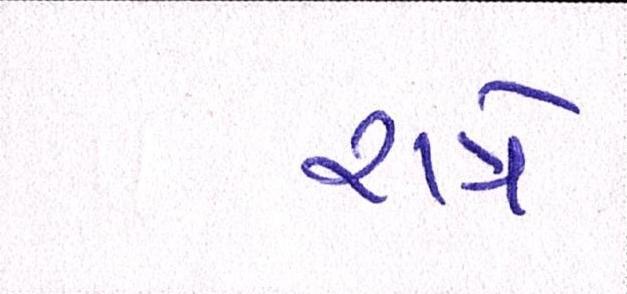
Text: રાત્રે